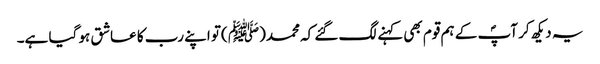
یہ دیکھ کر آپؐ کے ہم قوم بھی کہنے لگ گئے کہ محمد(ﷺ )تو اپنے رب کا عاشق ہو گیا ہے۔